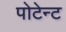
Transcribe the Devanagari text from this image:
पोटेन्ट